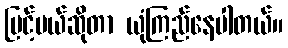
မြင့်မယ်ဆိုတာ ယုံကြည်နေပါတယ်။